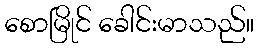
စောမြိုင် ခေါင်းမာသည်။